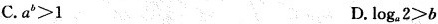
C. a^{b}>1$$ D.$$ \log_{a}2>b$$